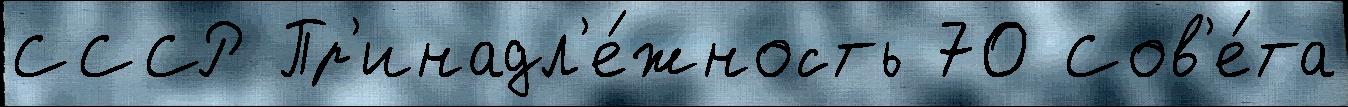
СССР Пр'инадл'е́жность 70 Сов'е́та